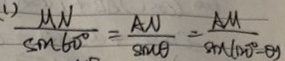
( 1 ) \frac { M N } { \sin 6 0 ^ { \circ } } = \frac { A N } { \sin \theta } = \frac { A M } { \sin ( 1 2 0 ^ { \circ } - \theta ) }